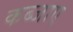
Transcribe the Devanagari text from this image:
कब्जाए